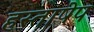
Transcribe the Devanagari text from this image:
हस्ताषेप